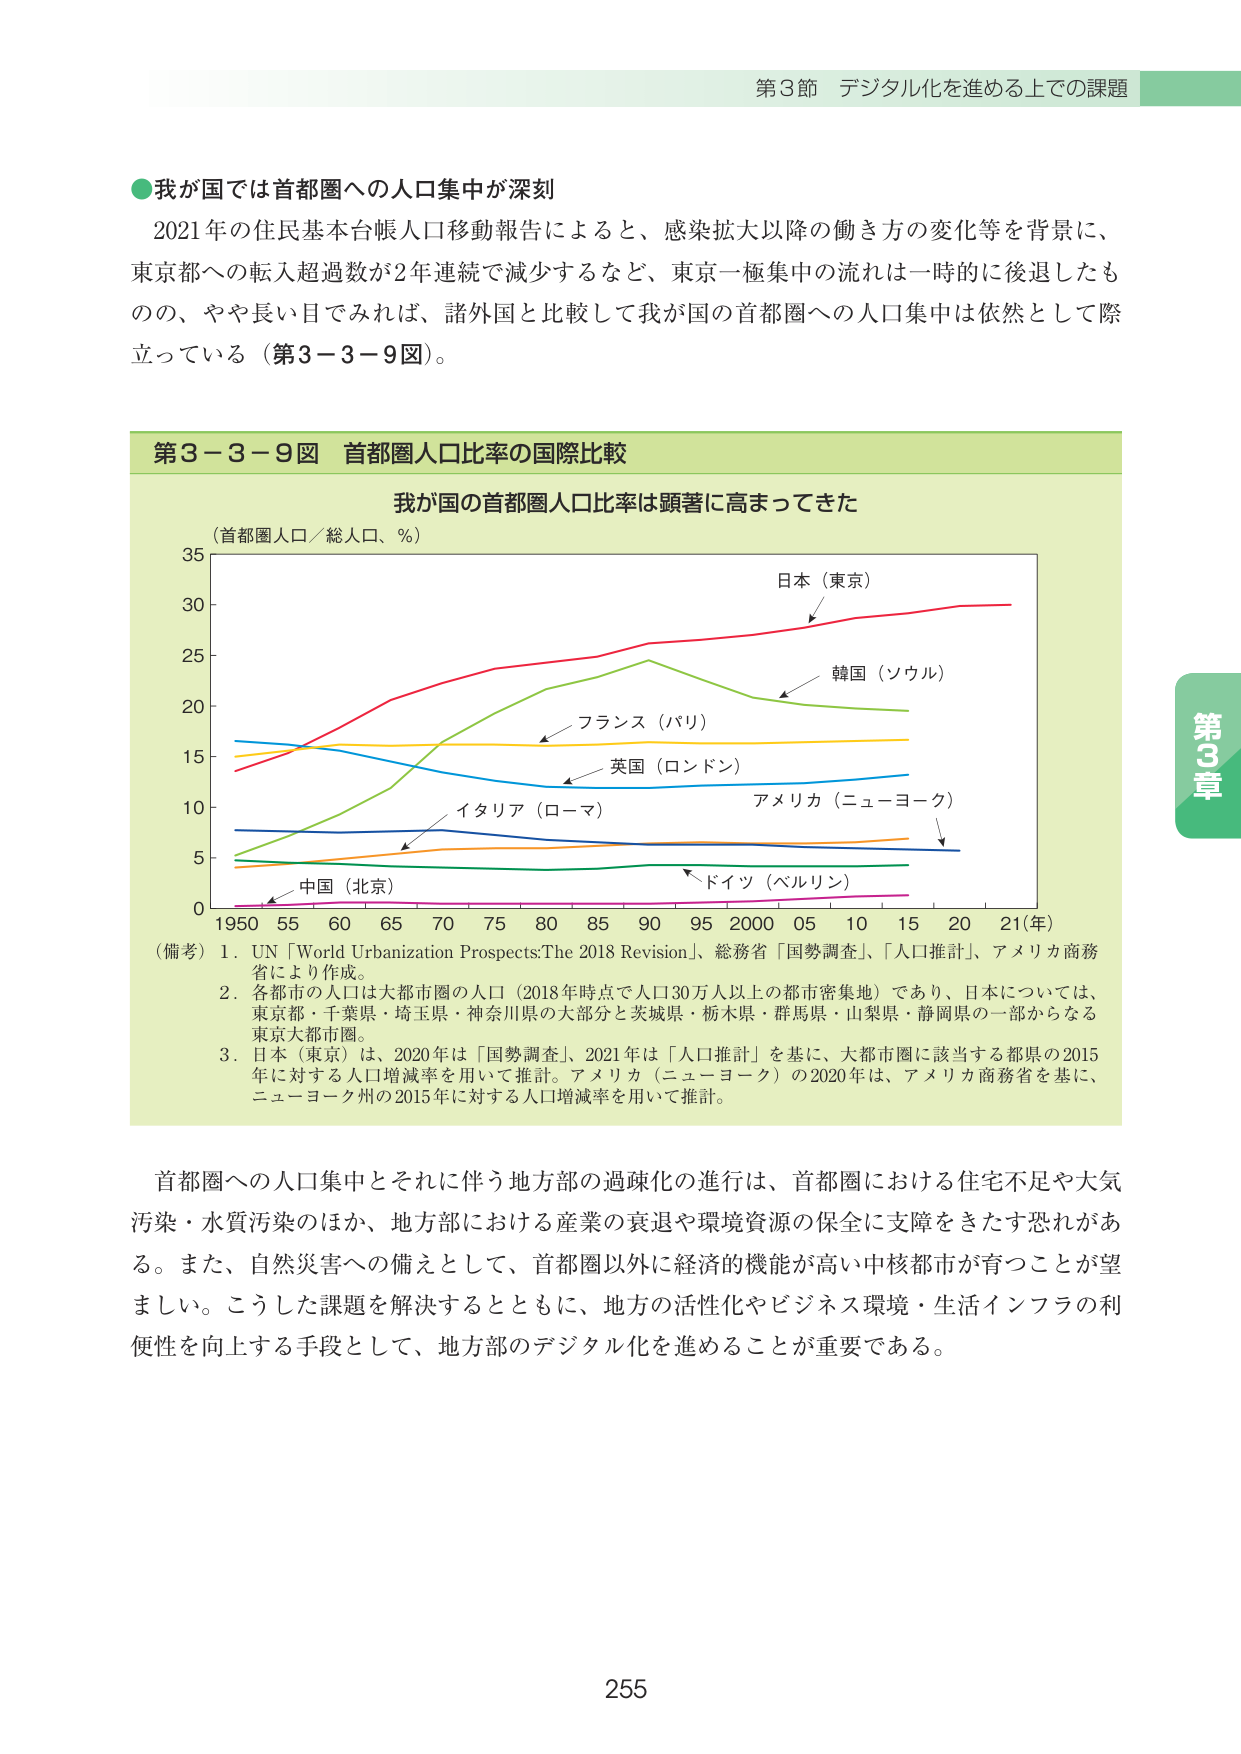
第3節 デジタル化を進める上での課題

●我が国では首都圏への人口集中が深刻
2021年の住民基本台帳人口移動報告によると、感染拡大以降の働き方の変化等を背景に、
東京都への転入超過数が2年連続で減少するなど、東京一極集中の流れは一時的に後退したも
のの、やや長い目でみれば、諸外国と比較して我が国の首都圏への人口集中は依然として際
立っている（第3－3－9図）。

第3－3－9図 首都圏人口比率の国際比較
我が国の首都圏人口比率は顕著に高まってきた
（首都圏人口／総人口、％）

日本（東京）
韓国（ソウル）
フランス（パリ）
英国（ロンドン）
アメリカ（ニューヨーク）
イタリア（ローマ）
中国（北京）
ドイツ（ベルリン）

1950 55 60 65 70 75 80 85 90 95 2000 05 10 15 20 21（年）

（備考）1. UN「World Urbanization Prospects:The 2018 Revision」、総務省「国勢調査」、「人口推計」、アメリカ商務
省により作成。
2. 各都市の人口は大都市圏の人口（2018年時点で人口30万人以上の都市密集地）であり、日本については、
東京都・千葉県・埼玉県・神奈川県の大部分と茨城県・栃木県・群馬県・山梨県・静岡県の一部からなる
東京大都市圏。
3. 日本（東京）は、2020年は「国勢調査」、2021年は「人口推計」を基に、大都市圏に該当する都県の2015
年に対する人口増減率を用いて推計。アメリカ（ニューヨーク）の2020年は、アメリカ商務省を基に、
ニューヨーク州の2015年に対する人口増減率を用いて推計。

首都圏への人口集中とそれに伴う地方部の過疎化の進行は、首都圏における住宅不足や大気
汚染・水質汚染のほか、地方部における産業の衰退や環境資源の保全に支障をきたす恐れがあ
る。また、自然災害への備えとして、首都圏以外に経済的機能が高い中核都市が育つことが望
ましい。こうした課題を解決するとともに、地方の活性化やビジネス環境・生活インフラの利
便性を向上する手段として、地方部のデジタル化を進めることが重要である。

255

第3章